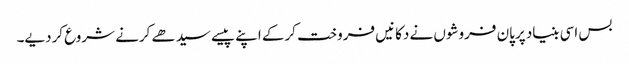
بس اسی بنیاد پرپان فروشوں نے دکانیں فروخت کرکے اپنے پیسے سیدھے کرنے شروع کردیے۔